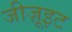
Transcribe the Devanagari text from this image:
जीज़ूइट